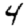
Digit: 4